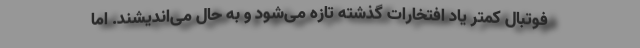
فوتبال کمتر یاد افتخارات گذشته تازه می‌شود و به حال می‌اندیشند‌. اما